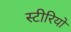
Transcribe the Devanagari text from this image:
स्‍टीरियो